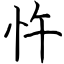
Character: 忤